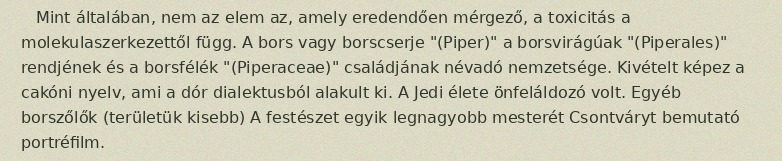
Mint általában, nem az elem az, amely eredendően mérgező, a toxicitás a molekulaszerkezettől függ. A bors vagy borscserje "(Piper)" a borsvirágúak "(Piperales)" rendjének és a borsfélék "(Piperaceae)" családjának névadó nemzetsége. Kivételt képez a cakóni nyelv, ami a dór dialektusból alakult ki. A Jedi élete önfeláldozó volt. Egyéb borszőlők (területük kisebb) A festészet egyik legnagyobb mesterét Csontváryt bemutató portréfilm.